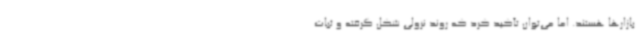
بازارها هستند. اما می‌توان تأکید کرد که روند نزولی شکل گرفته و ثبات